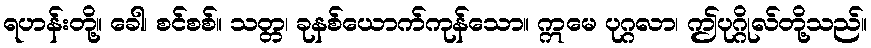
ရဟန်းတို့။ ခေါ၊ စင်စစ်။ သတ္တ၊ ခုနစ်ယောက်ကုန်သော။ ဣမေ ပုဂ္ဂလာ၊ ဤပုဂ္ဂိုလ်တို့သည်။